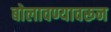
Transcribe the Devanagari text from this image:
बोलावण्यावरून